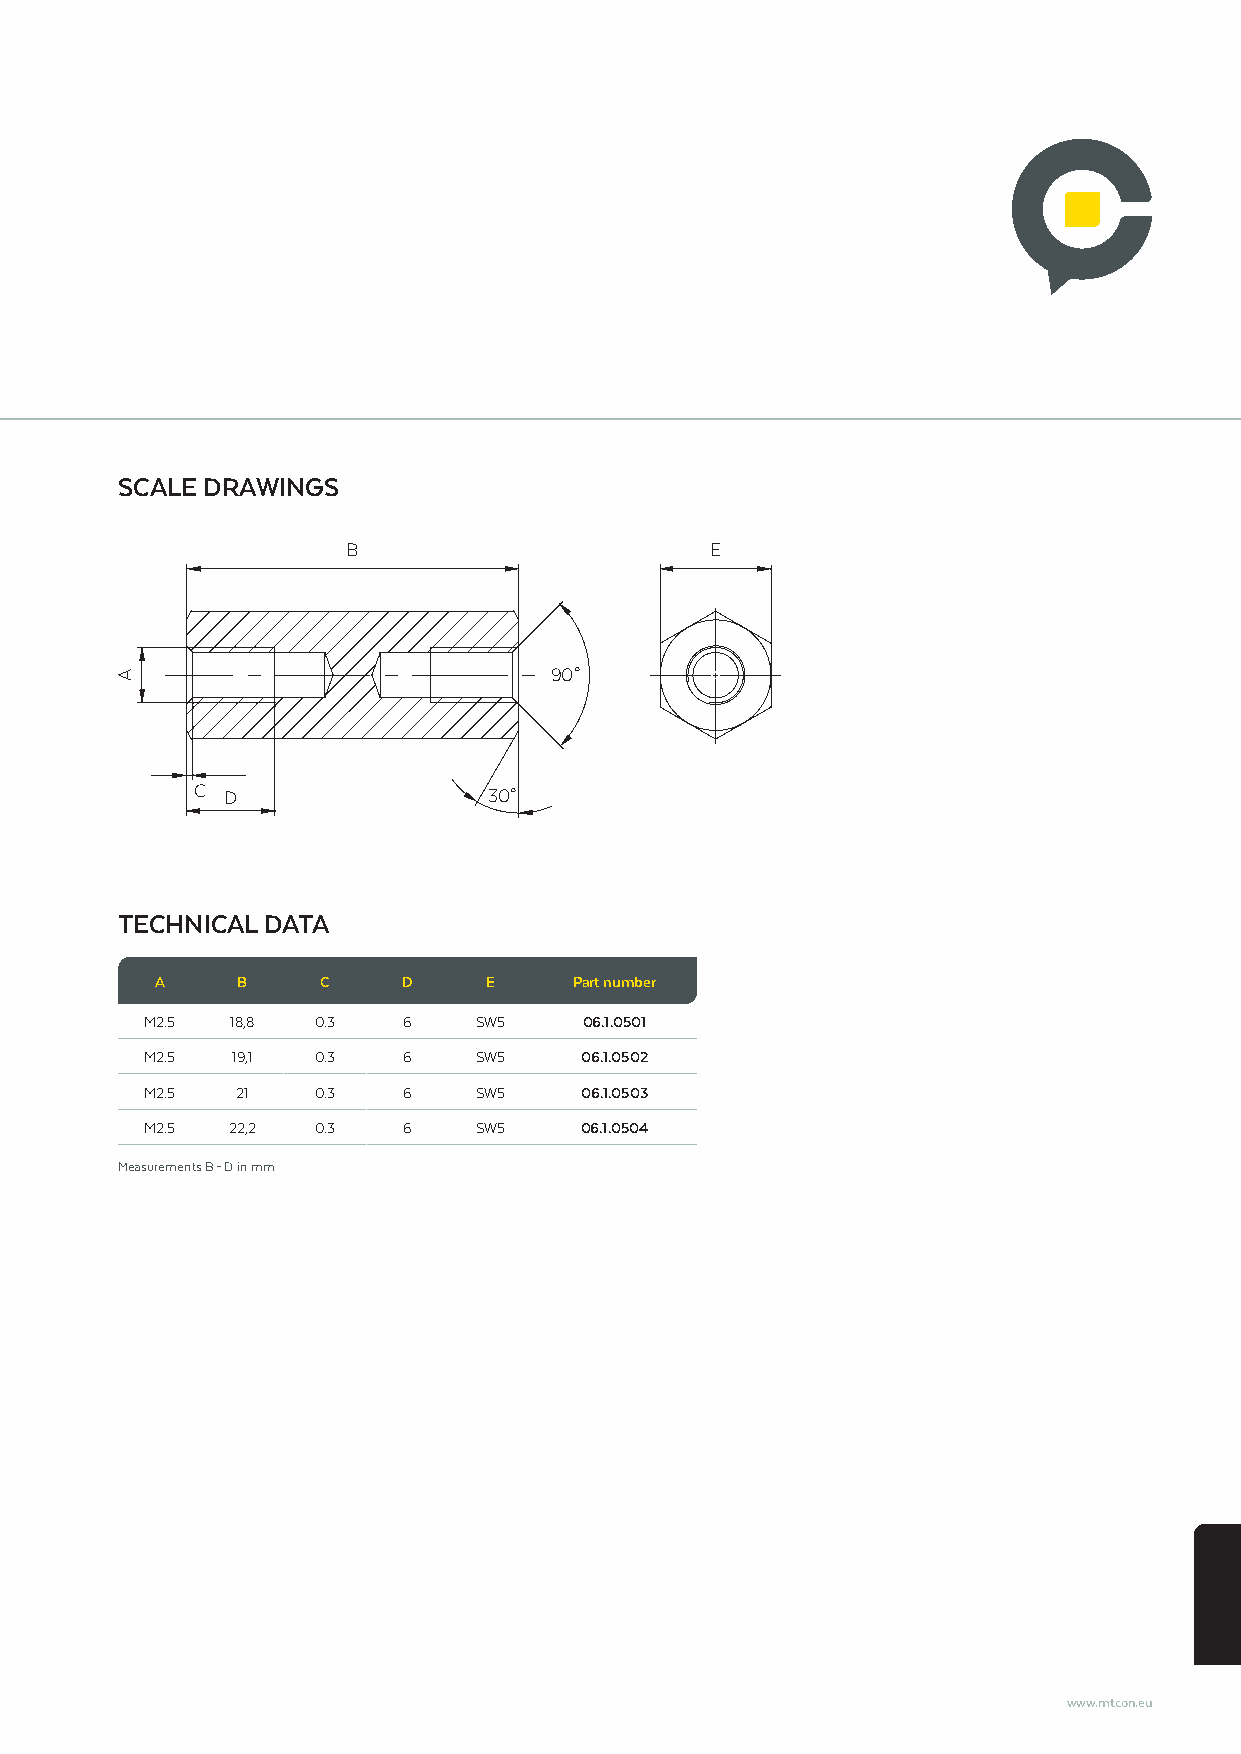
SCALE DRAWINGS
 B                       E
 90°
 C D                30°
 TECHNICAL DATA
 A     B    C     D    E     Part number
 M2.5 18,8  0.3   6   SW5     06.1.0501
 M2.5 19,1  0.3   6   SW5    06.1.0502
 M2.5  21   0.3   6   SW5    06.1.0503
 M2.5 22,2  0.3   6   SW5    06.1.0504
 Measurements B – D in mm
 www.mtcon.eu
 A